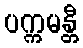
ပက္ကမန္တီ